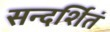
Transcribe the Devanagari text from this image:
सन्दर्शितं